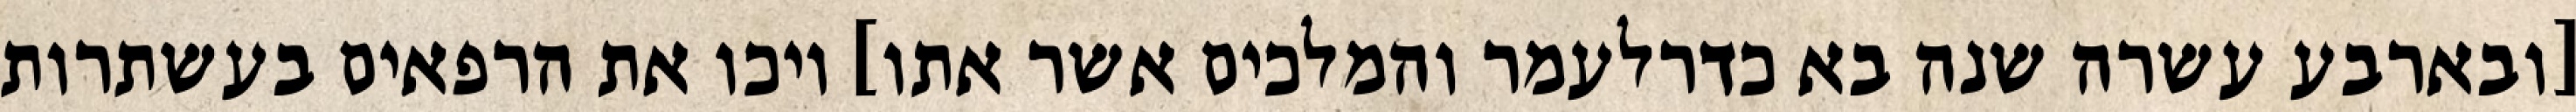
[ובארבע עשרה שנה בא כדרלעמר והמלכים אשר אתו] ויכו את הרפאים בעשתרות